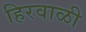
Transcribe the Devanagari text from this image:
हिरवाळी